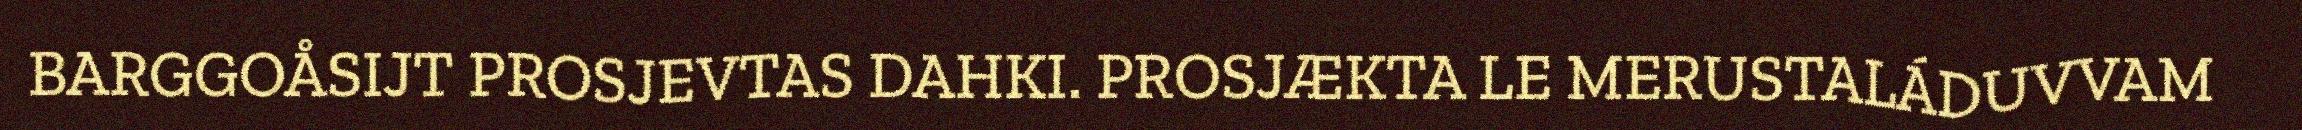
BARGGOÅSIJT PROSJEVTAS DAHKI. PROSJÆKTA LE MERUSTALÁDUVVAM